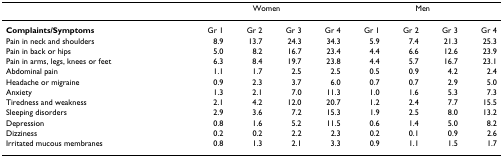
<table><thead><tr><td></td><td colspan="4"><b>Women</b></td><td colspan="4"><b>Men</b></td></tr></thead><tbody><tr><td><b>Complaints/Symptoms</b></td><td>Gr 1</td><td>Gr 2</td><td>Gr 3</td><td>Gr 4</td><td>Gr 1</td><td>Gr 2</td><td>Gr 3</td><td>Gr 4</td></tr><tr><td>Pain in neck and shoulders</td><td>8.9</td><td>13.7</td><td>24.3</td><td>34.3</td><td>5.9</td><td>7.4</td><td>21.3</td><td>25.3</td></tr><tr><td>Pain in back or hips</td><td>5.0</td><td>8.2</td><td>16.7</td><td>23.4</td><td>4.4</td><td>6.6</td><td>12.6</td><td>23.9</td></tr><tr><td>Pain in arms, legs, knees or feet</td><td>6.3</td><td>8.4</td><td>19.7</td><td>23.8</td><td>4.4</td><td>5.7</td><td>16.7</td><td>23.1</td></tr><tr><td>Abdominal pain</td><td>1.1</td><td>1.7</td><td>2.5</td><td>2.5</td><td>0.5</td><td>0.9</td><td>4.2</td><td>2.4</td></tr><tr><td>Headache or migraine</td><td>0.9</td><td>2.3</td><td>3.7</td><td>6.0</td><td>0.7</td><td>0.7</td><td>2.9</td><td>5.0</td></tr><tr><td>Anxiety</td><td>1.3</td><td>2.1</td><td>7.0</td><td>11.3</td><td>1.0</td><td>1.6</td><td>5.3</td><td>7.3</td></tr><tr><td>Tiredness and weakness</td><td>2.1</td><td>4.2</td><td>12.0</td><td>20.7</td><td>1.2</td><td>2.4</td><td>7.7</td><td>15.5</td></tr><tr><td>Sleeping disorders</td><td>2.9</td><td>3.6</td><td>7.2</td><td>15.3</td><td>1.9</td><td>2.5</td><td>8.0</td><td>13.2</td></tr><tr><td>Depression</td><td>0.8</td><td>1.6</td><td>5.2</td><td>11.5</td><td>0.6</td><td>1.4</td><td>5.0</td><td>8.2</td></tr><tr><td>Dizziness</td><td>0.2</td><td>0.2</td><td>2.2</td><td>2.3</td><td>0.2</td><td>0.1</td><td>0.9</td><td>2.6</td></tr><tr><td>Irritated mucous membranes</td><td>0.8</td><td>1.3</td><td>2.1</td><td>3.3</td><td>0.9</td><td>1.1</td><td>1.5</td><td>1.7</td></tr></tbody></table>